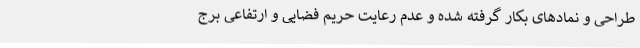
طراحی و نمادهای بکار گرفته شده و عدم رعایت حریم فضایی و ارتفاعی برج